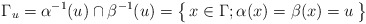
\begin{align*} \Gamma_u=\alpha^{-1}(u)\cap\beta^{-1}(u) =\bigl\{\,x\in\Gamma;\alpha(x)=\beta(x)=u\,\bigr\} \end{align*}